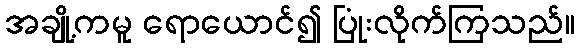
အချို့ကမူ ရောယောင်၍ ပြုံးလိုက်ကြသည်။